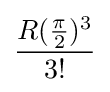
{\frac {R({\frac {\pi }{2}})^{3}}{3!}}